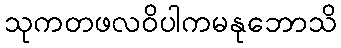
သုကတဖလဝိပါကမနုဘောသိ